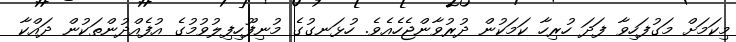
މިކަމަށް މަގުފަހިވާ ފަދަ ހުރިހާ ކަމަކުން ދުރުވާންޖެހެއެވެ. ހުޅަނގުގެ މުނިފޫހިފިލުވުމުގެ އުފެއްދުންތަކުން ދައްކާ